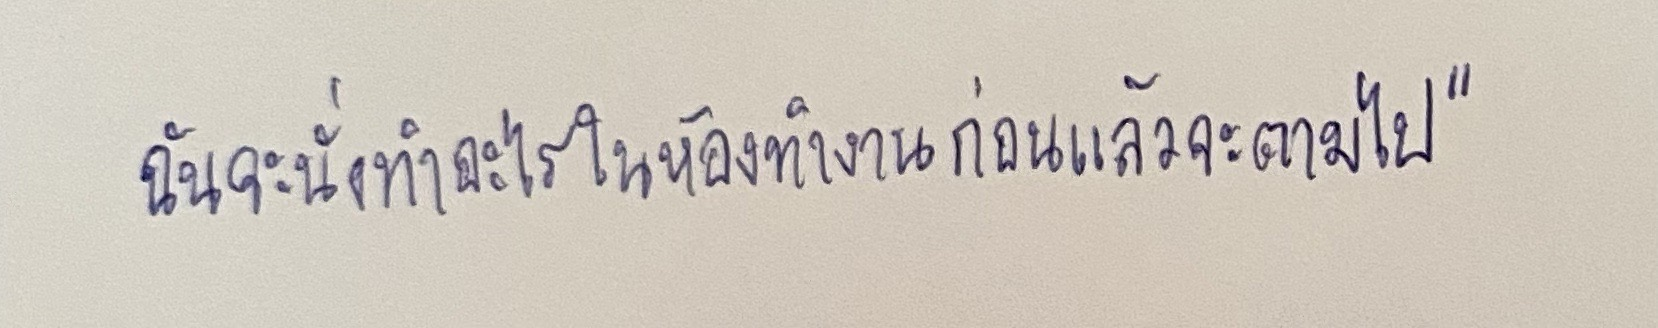
ฉันจะนั่งทำอะไรในห้องทำงานก่อนแล้วจะตามไป"